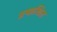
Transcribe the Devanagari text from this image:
प्रषाशित